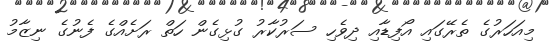
މިއަހަރުގެ ތެރޭގައި އޯފިޑާއި ދިވެހި ސަރުކާރު ގުޅިގެން ހަތް ރަށެއްގެ ފެނުގެ ނިޒާމު